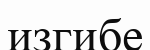
изгибе